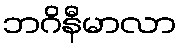
ဘဂိနီမာလာ